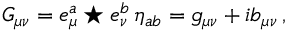
G _ { \mu \nu } = e _ { \mu } ^ { a } \star e _ { \nu } ^ { b } \, \eta _ { a b } = g _ { \mu \nu } + i b _ { \mu \nu } \, ,